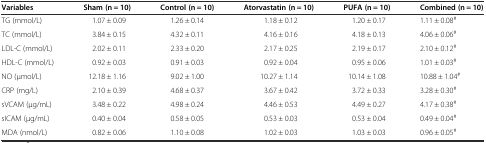
<table><thead><tr><td><b>Variables</b></td><td><b>Sham (n = 10)</b></td><td><b>Control (n = 10)</b></td><td><b>Atorvastatin (n = 10)</b></td><td><b>PUFA (n = 10)</b></td><td><b>Combined (n = 10)</b></td></tr></thead><tbody><tr><td>TG (mmol/L)</td><td>1.07 ± 0.09</td><td>1.26 ± 0.14</td><td>1.18 ± 0.12</td><td>1.20 ± 0.17</td><td>1.11 ± 0.08<sup>#</sup></td></tr><tr><td>TC (mmol/L)</td><td>3.84 ± 0.15</td><td>4.32 ± 0.11</td><td>4.16 ± 0.16</td><td>4.18 ± 0.13</td><td>4.06 ± 0.06<sup>#</sup></td></tr><tr><td>LDL-C (mmol/L)</td><td>2.02 ± 0.11</td><td>2.33 ± 0.20</td><td>2.17 ± 0.25</td><td>2.19 ± 0.17</td><td>2.10 ± 0.12<sup>#</sup></td></tr><tr><td>HDL-C (mmol/L)</td><td>0.92 ± 0.03</td><td>0.91 ± 0.03</td><td>0.92 ± 0.04</td><td>0.95 ± 0.06</td><td>1.01 ± 0.03<sup>#</sup></td></tr><tr><td>NO (μmol/L)</td><td>12.18 ± 1.16</td><td>9.02 ± 1.00</td><td>10.27 ± 1.14</td><td>10.14 ± 1.08</td><td>10.88 ± 1.04<sup>#</sup></td></tr><tr><td>CRP (mg/L)</td><td>2.10 ± 0.39</td><td>4.68 ± 0.37</td><td>3.67 ± 0.42</td><td>3.72 ± 0.33</td><td>3.28 ± 0.30<sup>#</sup></td></tr><tr><td>sVCAM (μg/mL)</td><td>3.48 ± 0.22</td><td>4.98 ± 0.24</td><td>4.46 ± 0.53</td><td>4.49 ± 0.27</td><td>4.17 ± 0.38<sup>#</sup></td></tr><tr><td>sICAM (μg/mL)</td><td>0.40 ± 0.04</td><td>0.58 ± 0.05</td><td>0.53 ± 0.03</td><td>0.53 ± 0.04</td><td>0.49 ± 0.04<sup>#</sup></td></tr><tr><td>MDA (nmol/L)</td><td>0.82 ± 0.06</td><td>1.10 ± 0.08</td><td>1.02 ± 0.03</td><td>1.03 ± 0.03</td><td>0.96 ± 0.05<sup>#</sup></td></tr></tbody></table>